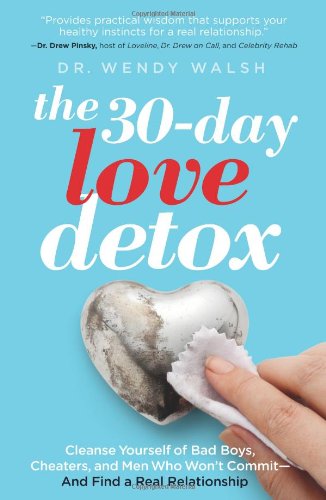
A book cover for The 30-Day Love Detox: Cleanse Yourself of Bad Boys, Cheaters, and Men Who Won't Commit -- And Find A Real Relationship; Wendy Walsh; Self-Help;